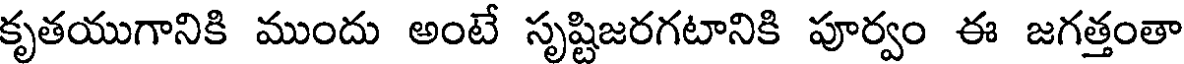
కృతయుగానికి ముందు అంటే సృష్టిజరగటానికి పూర్వం ఈ జగత్తంతా